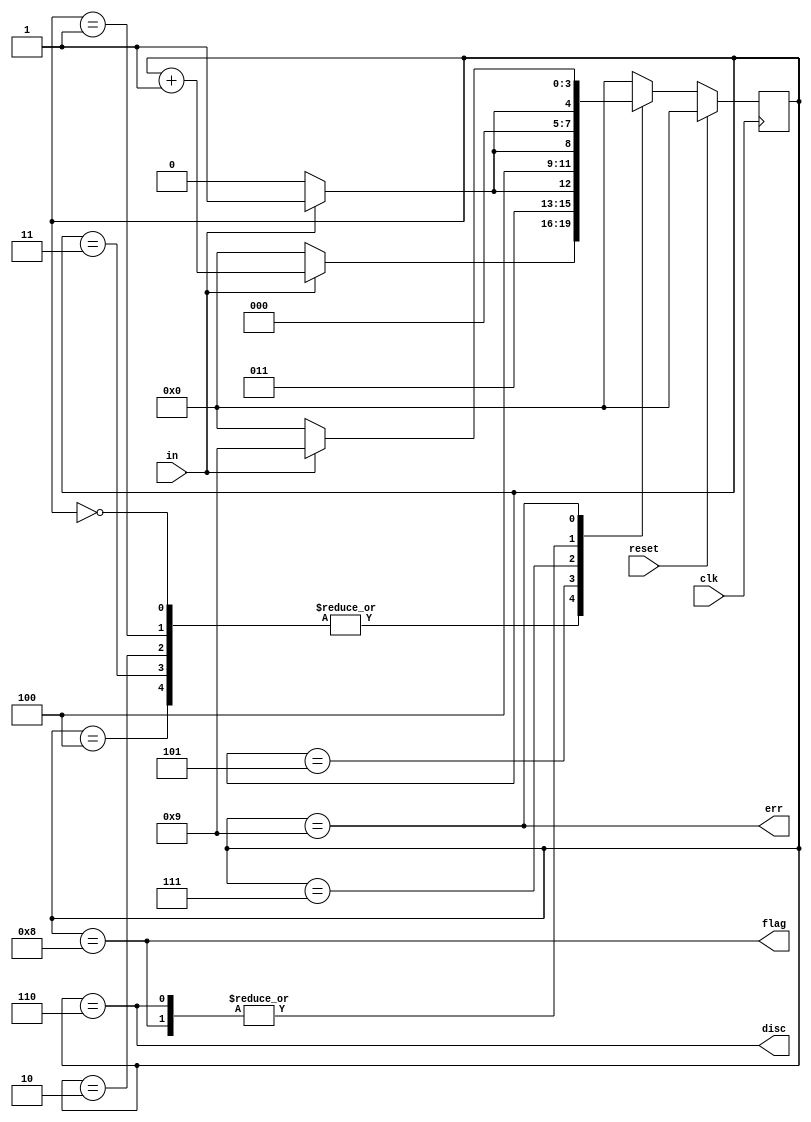
//
//
// https://hdlbits.01xz.net/wiki/Fsm_hdlc
//
//

`default_nettype none

module top_module (
    input           clk,
    input           reset,
    input           in,
    output          disc,
    output          flag,
    output          err
);

    parameter       INIT        = 4'd0,
                    ONES_2      = 4'd1,
                    ONES_3      = 4'd2,
                    ONES_4      = 4'd3,
                    ONES_5      = 4'd4,
                    DISC        = 4'd5,
                    DISC_DONE   = 4'd6,
                    FLAG        = 4'd7,
                    FLAG_DONE   = 4'd8,
                    ERROR       = 4'd9;

    reg     [3:0]   state;
    reg     [3:0]   state_next;

    always @(posedge clk) begin
        if (reset) begin
            state <= INIT;
        end else begin
            state <= state_next;
        end
    end

    always @(*) begin
        case (state)
        INIT        ,
        ONES_2      ,
        ONES_3      ,
        ONES_4      ,
        ONES_5      : state_next = in ? (state + 1'b1) : INIT;
        DISC        : state_next = in ? FLAG : DISC_DONE;
        DISC_DONE   : state_next = in ? ONES_2 : INIT;
        FLAG        : state_next = in ? ERROR : FLAG_DONE;
        FLAG_DONE   : state_next = in ? ONES_2 : INIT;
        ERROR       : state_next = in ? ERROR : INIT;
        default     : state_next = INIT;
        endcase
    end

    assign disc = (state == DISC_DONE);
    assign flag = (state == FLAG_DONE);
    assign err  = (state == ERROR);

endmodule